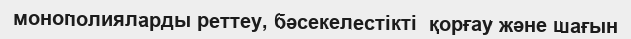
монополияларды реттеу, бәсекелестікті  қорғау және шағын